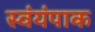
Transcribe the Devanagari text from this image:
स्वंयंपाक